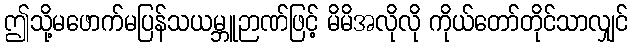
ဤသို့မဖောက်မပြန်သယမ္ဘူဉာဏ်ဖြင့် မိမိအလိုလို ကိုယ်တော်တိုင်သာလျှင်